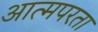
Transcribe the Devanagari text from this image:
आत्मपरता